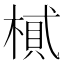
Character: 𣖿